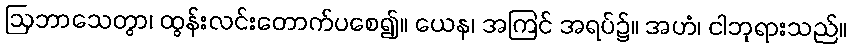
ဩဘာသေတွာ၊ ထွန်းလင်းတောက်ပစေ၍။ ယေန၊ အကြင် အရပ်၌။ အဟံ၊ ငါဘုရားသည်။